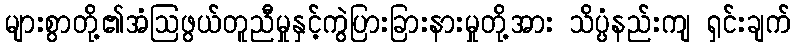
များစွာတို့၏အံဩဖွယ်တူညီမှုနှင့်ကွဲပြားခြားနားမှုတို့အား သိပ္ပံနည်းကျ ရှင်းချက်